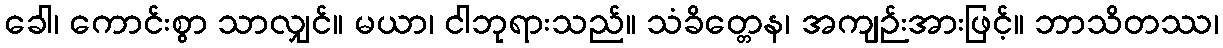
ခေါ၊ ကောင်းစွာ သာလျှင်။ မယာ၊ ငါဘုရားသည်။ သံခိတ္တေန၊ အကျဉ်းအားဖြင့်။ ဘာသိတဿ၊